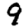
Digit: 9